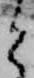
と